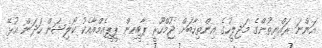
އަންނަ ރައްޔިތުންގެ މަޖިލީހުގެ އިންތިހާބަށް ޖުމްހޫރީ ޕާޓީއިން ޕީޕީއެމްއާއެކު ކޯލިޝަން ހަދަން އުޅޭ